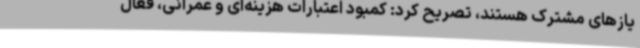
یازهای مشترک هستند، تصریح کرد: کمبود اعتبارات هزینه‌ای و عمرانی، فعال